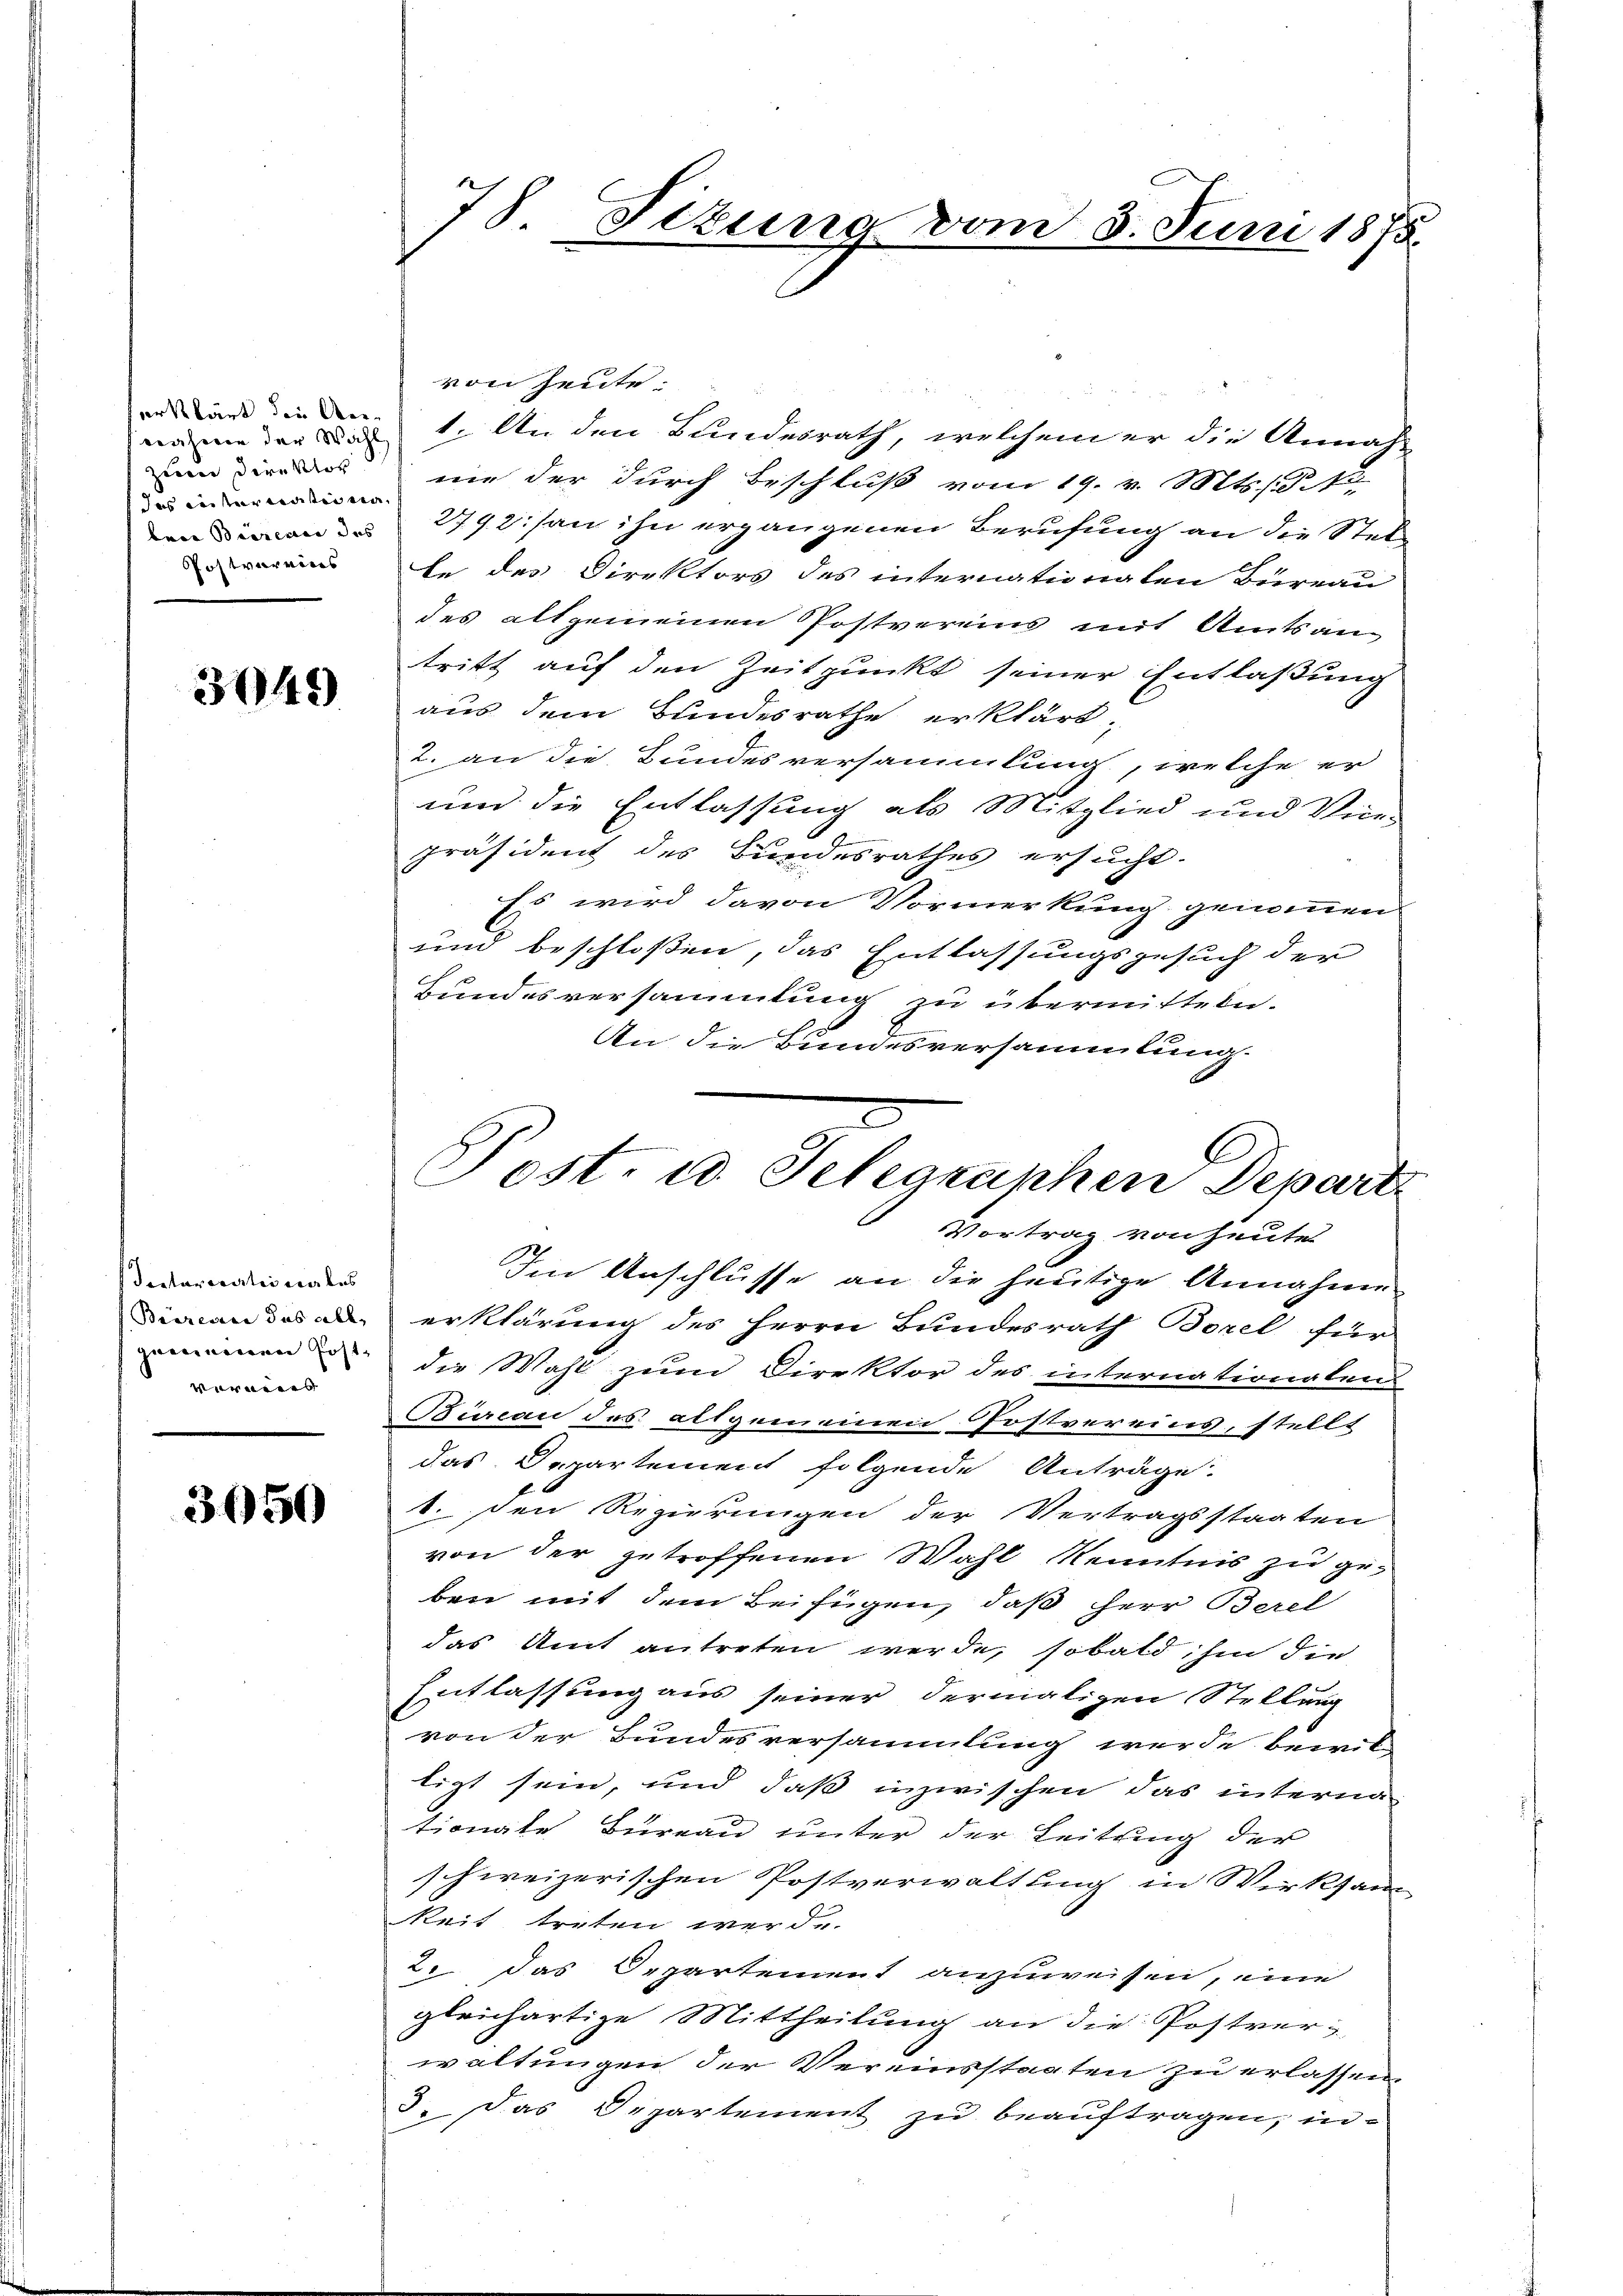
erahmen der Wahl
zum Direktor
das inter vaten na
Postverwies

3049

Testarerartii verkes
Biireaci das all
gemeinen Post-
verweis

3650

78. Sizung vom 3. Juni 1875.

Post. u. Selegraphen Depart
Vortrag von heute

von heute.
1. An den Bundesrath, welchem er die Annah-
nie der durch Beschluß vom 19. v. Mts. S. 12
nion des 2792. an ihn ergangenen Berufung an die Stel-
le des Direktors des internationaten Bureau
des altgemeinen Postvereins mit Amtsantritt auf den Zeitpunkt seiner Entlaßung
aus dem Bundesrathe erklärt,
2. an die Bundesversammlung, welche er
und die Entlassung als Mitglied und Vice-
präsident des Bundesrathes ersucht.
Es wird davon Vormerkung genommen
und beschloßen, das Entlassungsgesuch der
Bundesversammlung zu übermitteln.
An die Bundesversammlung.
Im Anschlusse an die heutige Annahme
erklärung des Herrn Bundesrath Borel für
die Mahl zum Direktor des internationalen
Bureau des allgemeinen Postvereins, stellt
das Departement folgende Anträge
1. den Regierungen der Vertragsstaaten
von der getroffenen Wahl Kenntnis zu geben mit dem Beifügen, daß Herr Berel
das Amt antreten werde, sobald hin die
Entlassung aus seiner dermaligen Stellung
von der Bundesversammlung werde bewil-
ligt sein, und daß inzwischen das interna
tionate Bureau unter der Leitung der
schweizerischen Postverwaltung in Wirksam
keit treten werde.
2. das Departement anzuweisen, eine
gleichartige Mittheilung an die Postver-
waltungen der Vereinsstaaten zu erlassen.
3. Das Departement zu beauftragen, in-